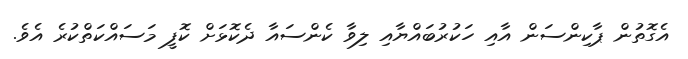
އެގޮތުން ޕާކިންސަން އާއި ހަކުރުބައްޔާއި ލިވާ ކެންސައާ ދެކޮޅަށް ކޮފީ މަސައްކަތްކުރެ އެވެ.